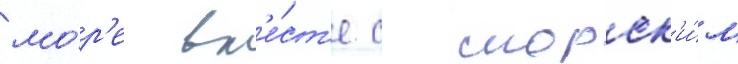
мо́р'е вм'е́ст'е с морск'и́м